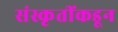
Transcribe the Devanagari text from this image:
संस्कृतींकडून